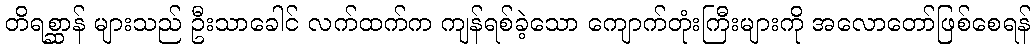
တိရစ္ဆာန် များသည် ဦးသာခေါင် လက်ထက်က ကျန်ရစ်ခဲ့သော ကျောက်တုံးကြီးများကို အလောတော်ဖြစ်စေရန်